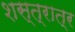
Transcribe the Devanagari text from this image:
शस्त्रात्र